Vaccination report Assam 1874-1896 - 1874-1896
Year: 1874
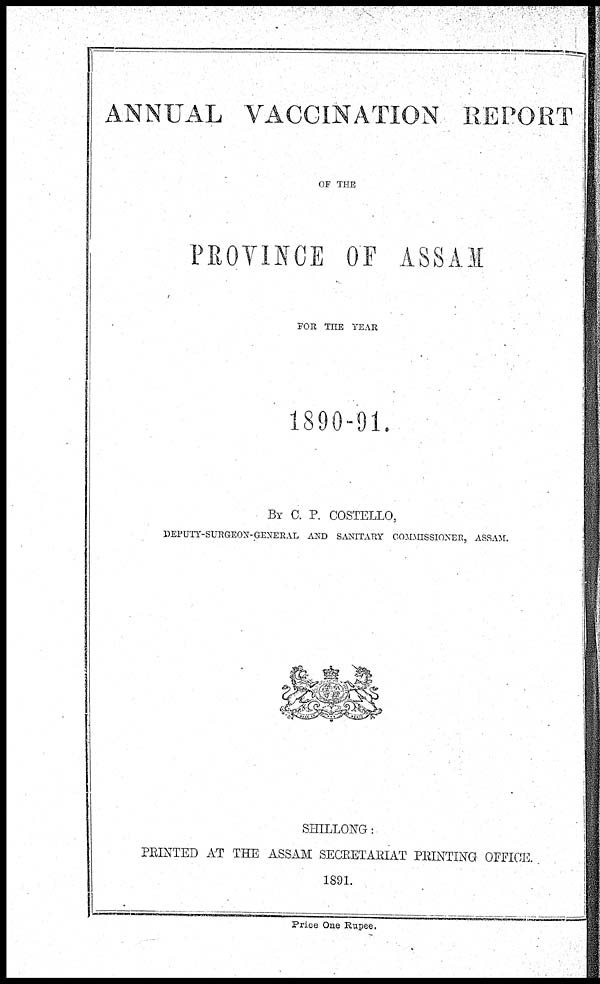
ANNUAL VACCINATION REPORT
OF THE
PROVINCE OF ASSAM
FOR THE YEAR
1890-91.
BY C. P. COSTELLO,
DEPUTY-SURGEON-GENERAL AND SANITARY COMMISSIONER, ASSAM.
SHILLONG:
PRINTED AT THE ASSAM SECRETARIAT PRINTING OFFICE.
1891.
Price One Rupee.